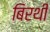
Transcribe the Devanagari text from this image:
बिरथी